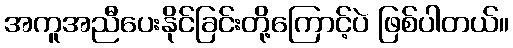
အကူအညီပေးနိုင်ခြင်းတို့ကြောင့်ပဲ ဖြစ်ပါတယ်။